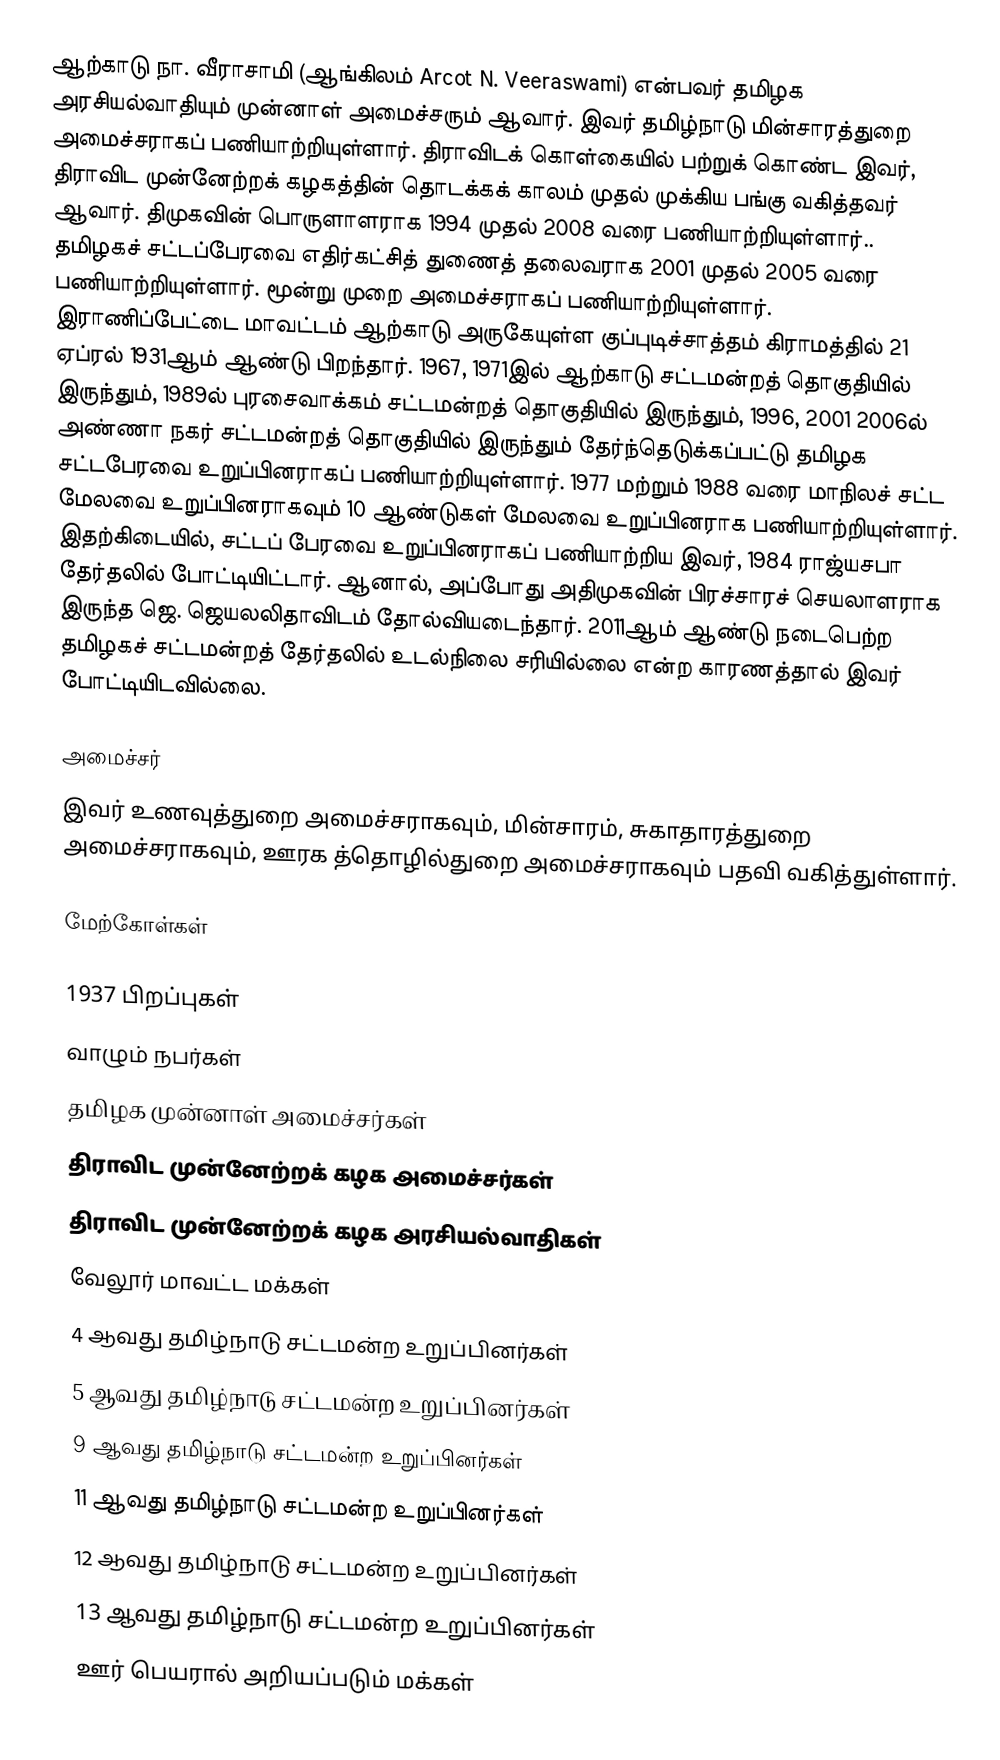
ஆற்காடு நா. வீராசாமி (ஆங்கிலம் Arcot N. Veeraswami) என்பவர் தமிழக அரசியல்வாதியும் முன்னாள் அமைச்சரும் ஆவார். இவர் தமிழ்நாடு மின்சாரத்துறை அமைச்சராகப் பணியாற்றியுள்ளார். திராவிடக் கொள்கையில் பற்றுக் கொண்ட இவர், திராவிட முன்னேற்றக் கழகத்தின் தொடக்கக் காலம் முதல் முக்கிய பங்கு வகித்தவர் ஆவார். திமுகவின் பொருளாளராக 1994 முதல் 2008 வரை பணியாற்றியுள்ளார்.. தமிழகச்  சட்டப்பேரவை எதிர்கட்சித் துணைத் தலைவராக 2001 முதல் 2005 வரை பணியாற்றியுள்ளார். மூன்று முறை அமைச்சராகப் பணியாற்றியுள்ளார். இராணிப்பேட்டை மாவட்டம் ஆற்காடு அருகேயுள்ள குப்புடிச்சாத்தம் கிராமத்தில் 21 ஏப்ரல் 1931ஆம் ஆண்டு பிறந்தார். 1967, 1971இல் ஆற்காடு சட்டமன்றத் தொகுதியில் இருந்தும், 1989ல் புரசைவாக்கம் சட்டமன்றத் தொகுதியில் இருந்தும், 1996, 2001 2006ல் அண்ணா நகர் சட்டமன்றத் தொகுதியில் இருந்தும் தேர்ந்தெடுக்கப்பட்டு தமிழக சட்டபேரவை உறுப்பினராகப் பணியாற்றியுள்ளார். 1977 மற்றும் 1988 வரை மாநிலச் சட்ட மேலவை உறுப்பினராகவும் 10 ஆண்டுகள் மேலவை உறுப்பினராக பணியாற்றியுள்ளார். இதற்கிடையில், சட்டப் பேரவை உறுப்பினராகப் பணியாற்றிய இவர், 1984 ராஜ்யசபா தேர்தலில் போட்டியிட்டார். ஆனால், அப்போது அதிமுகவின் பிரச்சாரச் செயலாளராக இருந்த ஜெ. ஜெயலலிதாவிடம் தோல்வியடைந்தார். 2011ஆம் ஆண்டு நடைபெற்ற தமிழகச் சட்டமன்றத் தேர்தலில் உடல்நிலை சரியில்லை என்ற காரணத்தால் இவர் போட்டியிடவில்லை.

அமைச்சர்
இவர் உணவுத்துறை அமைச்சராகவும், மின்சாரம், சுகாதாரத்துறை அமைச்சராகவும், ஊரக த்தொழில்துறை அமைச்சராகவும் பதவி வகித்துள்ளார்.

மேற்கோள்கள்

1937 பிறப்புகள்
வாழும் நபர்கள்
தமிழக முன்னாள் அமைச்சர்கள்
திராவிட முன்னேற்றக் கழக அமைச்சர்கள்
திராவிட முன்னேற்றக் கழக அரசியல்வாதிகள்
வேலூர் மாவட்ட மக்கள்
4 ஆவது தமிழ்நாடு சட்டமன்ற உறுப்பினர்கள்
5 ஆவது தமிழ்நாடு சட்டமன்ற உறுப்பினர்கள்
9 ஆவது தமிழ்நாடு சட்டமன்ற உறுப்பினர்கள்
11 ஆவது தமிழ்நாடு சட்டமன்ற உறுப்பினர்கள்
12 ஆவது தமிழ்நாடு சட்டமன்ற உறுப்பினர்கள்
13 ஆவது தமிழ்நாடு சட்டமன்ற உறுப்பினர்கள்
ஊர் பெயரால் அறியப்படும் மக்கள்